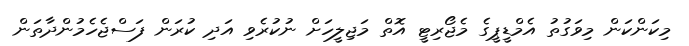
މިކަންކަން މިވަގުތު އެމްޑީޕީގެ މެޖޯރިޓީ އޮތް މަޖިލީހަށް ނުކުރެވި އަދި ކުރަން ފަސްޖެހެމުންދާތަން